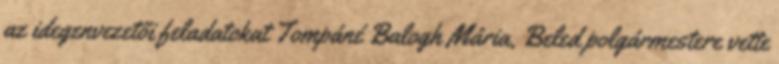
az idegenvezetői feladatokat Tompáné Balogh Mária, Beled polgármestere vette